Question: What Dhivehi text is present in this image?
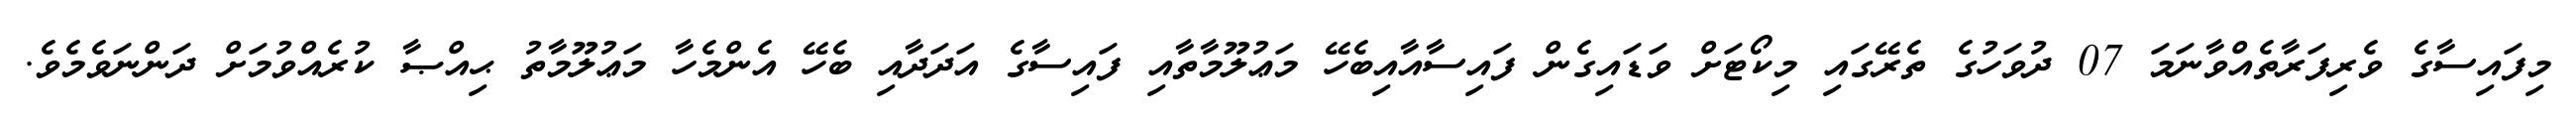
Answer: މިފައިސާގެ ވެރިފަރާތެއްވާނަމަ 07 ދުވަހުގެ ތެރޭގައި މިކޯޓަށް ވަޑައިގެން ފައިސާއާއިބެހޭ މަޢުލޫމާތާއި ފައިސާގެ އަދަދާއި ބެހޭ އެންމެހާ މަޢުލޫމާތު ޙިއްޞާ ކުރެއްވުމަށް ދަންނަވެމެވެ.